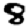
Digit: 8